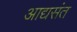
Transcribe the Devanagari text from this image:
आद्यसंत